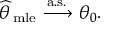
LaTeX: { \widehat { \theta \, } } _ { \mathrm { m l e } } \ { \xrightarrow { \mathrm { a . s . } } } \ \theta _ { 0 } .